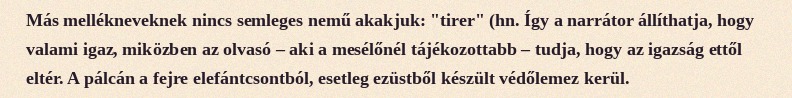
Más mellékneveknek nincs semleges nemű akakjuk: "tirer" (hn. Így a narrátor állíthatja, hogy valami igaz, miközben az olvasó – aki a mesélőnél tájékozottabb – tudja, hogy az igazság ettől eltér. A pálcán a fejre elefántcsontból, esetleg ezüstből készült védőlemez kerül.